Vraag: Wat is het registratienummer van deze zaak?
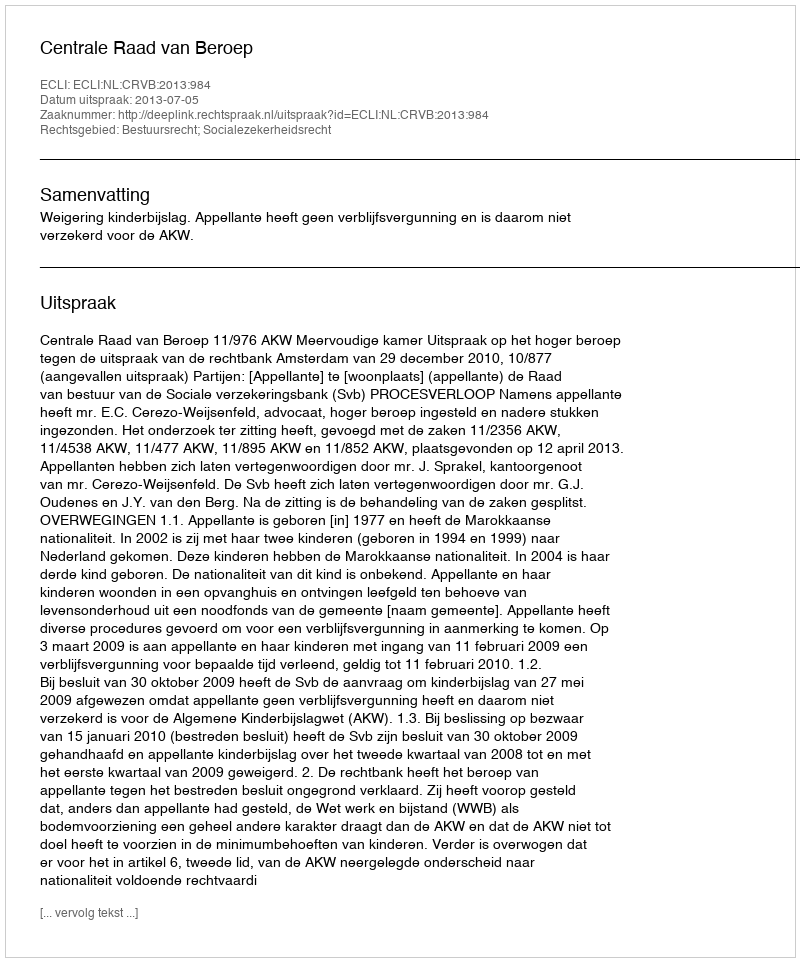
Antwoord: http://deeplink.rechtspraak.nl/uitspraak?id=ECLI:NL:CRVB:2013:984